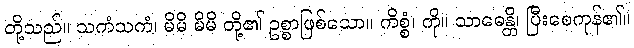
တို့သည်။ သကံသကံ၊ မိမိ မိမိ တို့၏ ဥစ္စာဖြစ်သော။ ကိစ္စံ၊ ကို။ သာဓေန္တိ၊ ပြီးစေကုန်၏။